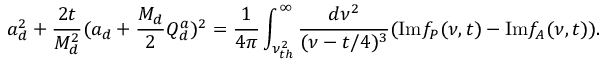
a _ { d } ^ { 2 } + { \frac { 2 t } { M _ { d } ^ { 2 } } } ( a _ { d } + { \frac { M _ { d } } { 2 } } Q _ { d } ^ { a } ) ^ { 2 } = { \frac { 1 } { 4 \pi } } \int _ { \nu _ { t h } ^ { 2 } } ^ { \infty } { \frac { d \nu ^ { 2 } } { ( \nu - t / 4 ) ^ { 3 } } } ( \mathrm { I m } f _ { P } ( \nu , t ) - \mathrm { I m } f _ { A } ( \nu , t ) ) .